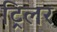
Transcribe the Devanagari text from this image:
ट्रिलर